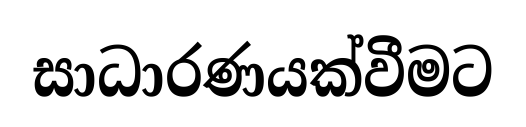
සාධාරණයක්වීමට